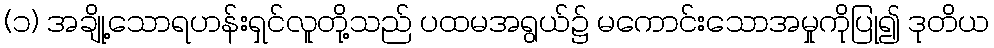
(၁) အချို့သောရဟန်းရှင်လူတို့သည် ပထမအရွယ်၌ မကောင်းသောအမှုကိုပြု၍ ဒုတိယ